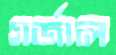
গর্জাল